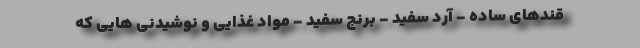
قندهای ساده - آرد سفید - برنج سفید - مواد غذایی و نوشیدنی هایی که